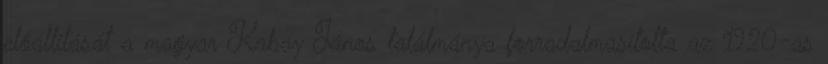
előállítását a magyar Kabay János találmánya forradalmasította az 1920-as